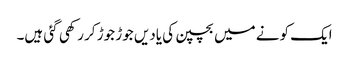
ایک کونے میں بچپن کی یادیں جوڑ جوڑ کر رکھی گئی ہیں۔